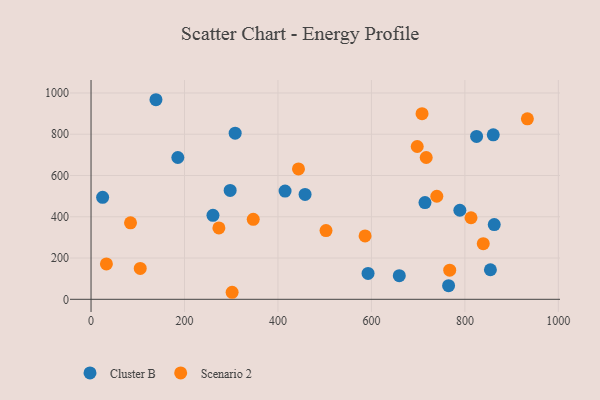
{"axis": {"x": "Price", "y": "Fuel Efficiency"}, "legend": ["Cluster B", "Scenario 2"], "data": [{"x": "592.8", "y": 125.4, "type": "Cluster B"}, {"x": "458.0", "y": 508.4, "type": "Cluster B"}, {"x": "138.9", "y": 967.3, "type": "Cluster B"}, {"x": "297.7", "y": 527.6, "type": "Cluster B"}, {"x": "789.2", "y": 431.7, "type": "Cluster B"}, {"x": "862.8", "y": 362.3, "type": "Cluster B"}, {"x": "260.9", "y": 407.1, "type": "Cluster B"}, {"x": "854.6", "y": 143.2, "type": "Cluster B"}, {"x": "765.1", "y": 66.3, "type": "Cluster B"}, {"x": "825.0", "y": 789.3, "type": "Cluster B"}, {"x": "185.7", "y": 687.3, "type": "Cluster B"}, {"x": "860.7", "y": 797.2, "type": "Cluster B"}, {"x": "659.6", "y": 114.5, "type": "Cluster B"}, {"x": "24.8", "y": 494.4, "type": "Cluster B"}, {"x": "415.2", "y": 524.6, "type": "Cluster B"}, {"x": "714.6", "y": 468.9, "type": "Cluster B"}, {"x": "308.4", "y": 805.2, "type": "Cluster B"}, {"x": "586.4", "y": 307.0, "type": "Scenario 2"}, {"x": "301.9", "y": 34.1, "type": "Scenario 2"}, {"x": "839.3", "y": 269.7, "type": "Scenario 2"}, {"x": "32.9", "y": 171.4, "type": "Scenario 2"}, {"x": "84.5", "y": 370.9, "type": "Scenario 2"}, {"x": "739.9", "y": 499.5, "type": "Scenario 2"}, {"x": "443.9", "y": 632.1, "type": "Scenario 2"}, {"x": "698.0", "y": 740.6, "type": "Scenario 2"}, {"x": "347.1", "y": 387.7, "type": "Scenario 2"}, {"x": "273.6", "y": 346.2, "type": "Scenario 2"}, {"x": "813.1", "y": 395.2, "type": "Scenario 2"}, {"x": "717.2", "y": 687.4, "type": "Scenario 2"}, {"x": "105.3", "y": 149.6, "type": "Scenario 2"}, {"x": "767.5", "y": 141.4, "type": "Scenario 2"}, {"x": "708.3", "y": 899.6, "type": "Scenario 2"}, {"x": "502.8", "y": 333.2, "type": "Scenario 2"}, {"x": "933.7", "y": 874.9, "type": "Scenario 2"}]}